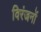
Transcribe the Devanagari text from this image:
विरंजनों